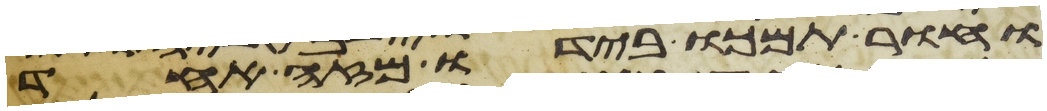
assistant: וחור תמכו בידיו מזה אחד